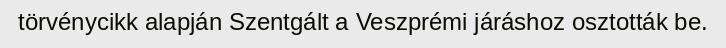
törvénycikk alapján Szentgált a Veszprémi járáshoz osztották be.